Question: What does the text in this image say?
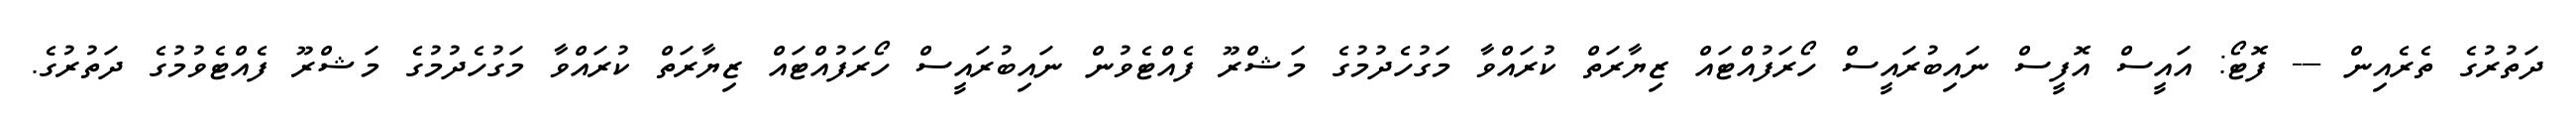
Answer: ދަތުރުގެ ތެރެއިން --- ފޮޓޯ: އައީސް އޮފީސް ނައިބުރައީސް ހޯރަފުއްޓައް ޒިޔާރަތް ކުރައްވާ މަގުހެދުމުގެ މަޝްރޫ ފެއްޓެވުން ނައިބުރައީސް ހޯރަފުއްޓައް ޒިޔާރަތް ކުރައްވާ މަގުހެދުމުގެ މަޝްރޫ ފެއްޓެވުމުގެ ދަތުރުގެ.